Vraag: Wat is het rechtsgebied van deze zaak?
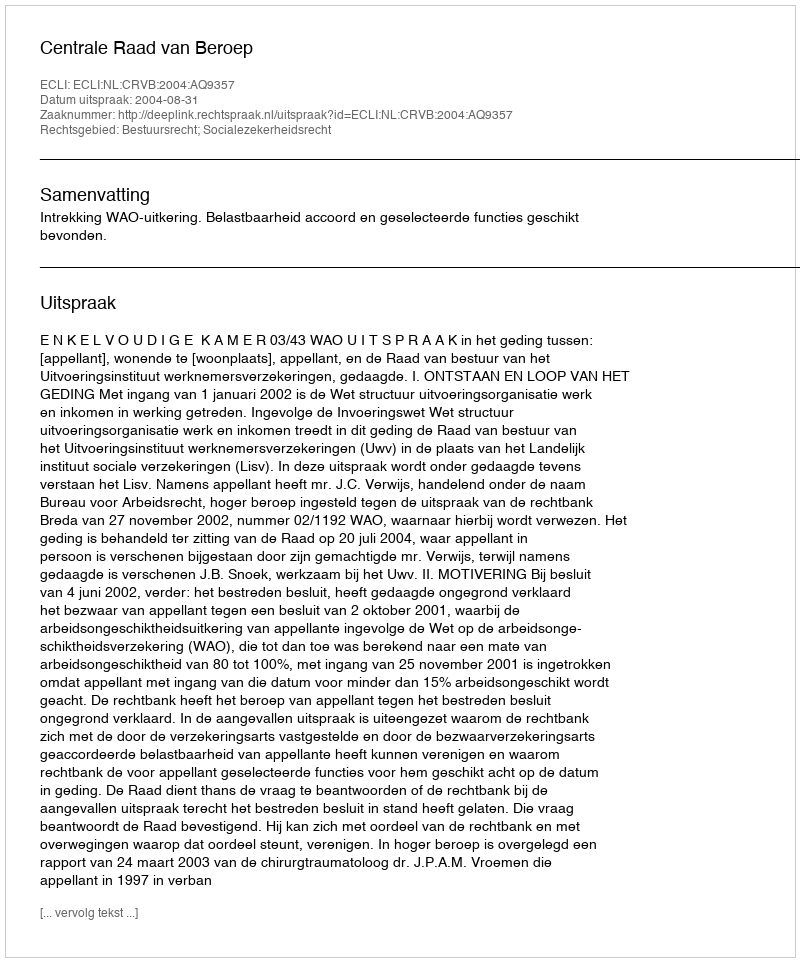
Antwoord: Bestuursrecht; Socialezekerheidsrecht